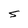
Character: S